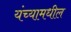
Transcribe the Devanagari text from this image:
यंच्यामधील